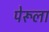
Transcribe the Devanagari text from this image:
पेरूला